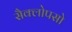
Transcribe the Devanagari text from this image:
सैक्लोपसो